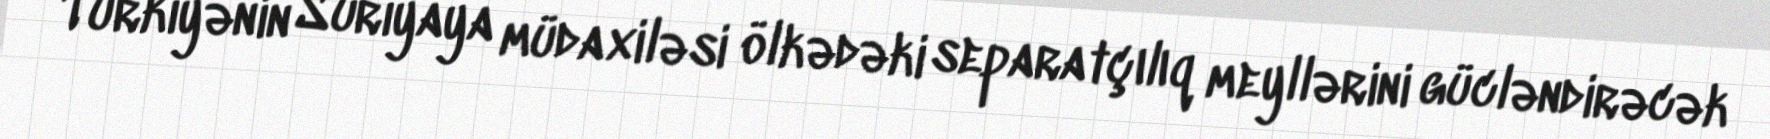
Türkiyənin Suriyaya müdaxiləsi ölkədəki separatçılıq meyllərini gücləndirəcək